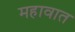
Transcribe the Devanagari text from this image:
महावात